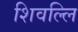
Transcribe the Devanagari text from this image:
शिवल्लि